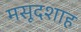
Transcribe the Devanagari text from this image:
मसूदशाह